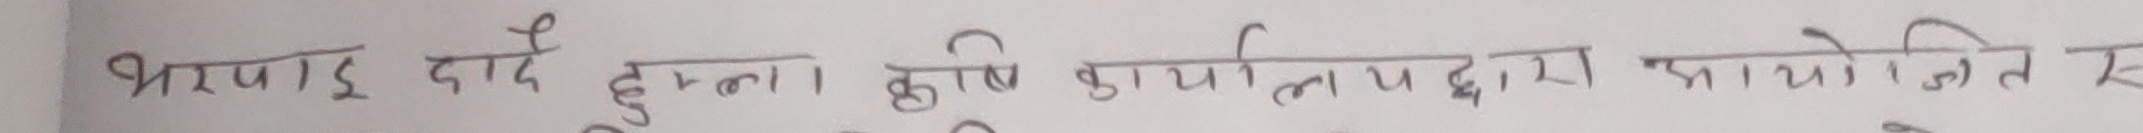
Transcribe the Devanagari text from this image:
भरपाई दादै हुन्ना। कृषि कार्यालयद्वारा आयोजित र